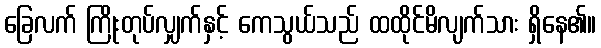
ခြေလက် ကြိုးတုပ်လျှက်နှင့် ကေသွယ်သည် ထထိုင်မိလျက်သား ရှိနေ၏။